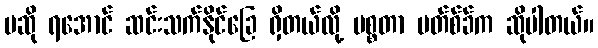
မဆို ရအောင် ဆင်းသက်နိုင်ခြေ ရှိတယ်လို့ မစ္စတာ မတ်စ်ခ်က ဆိုပါတယ်။